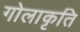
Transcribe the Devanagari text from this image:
गोलाकृति